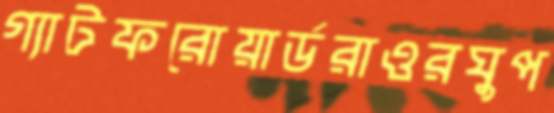
গ্যাটফরোয়ার্ডরাওরঘুপ